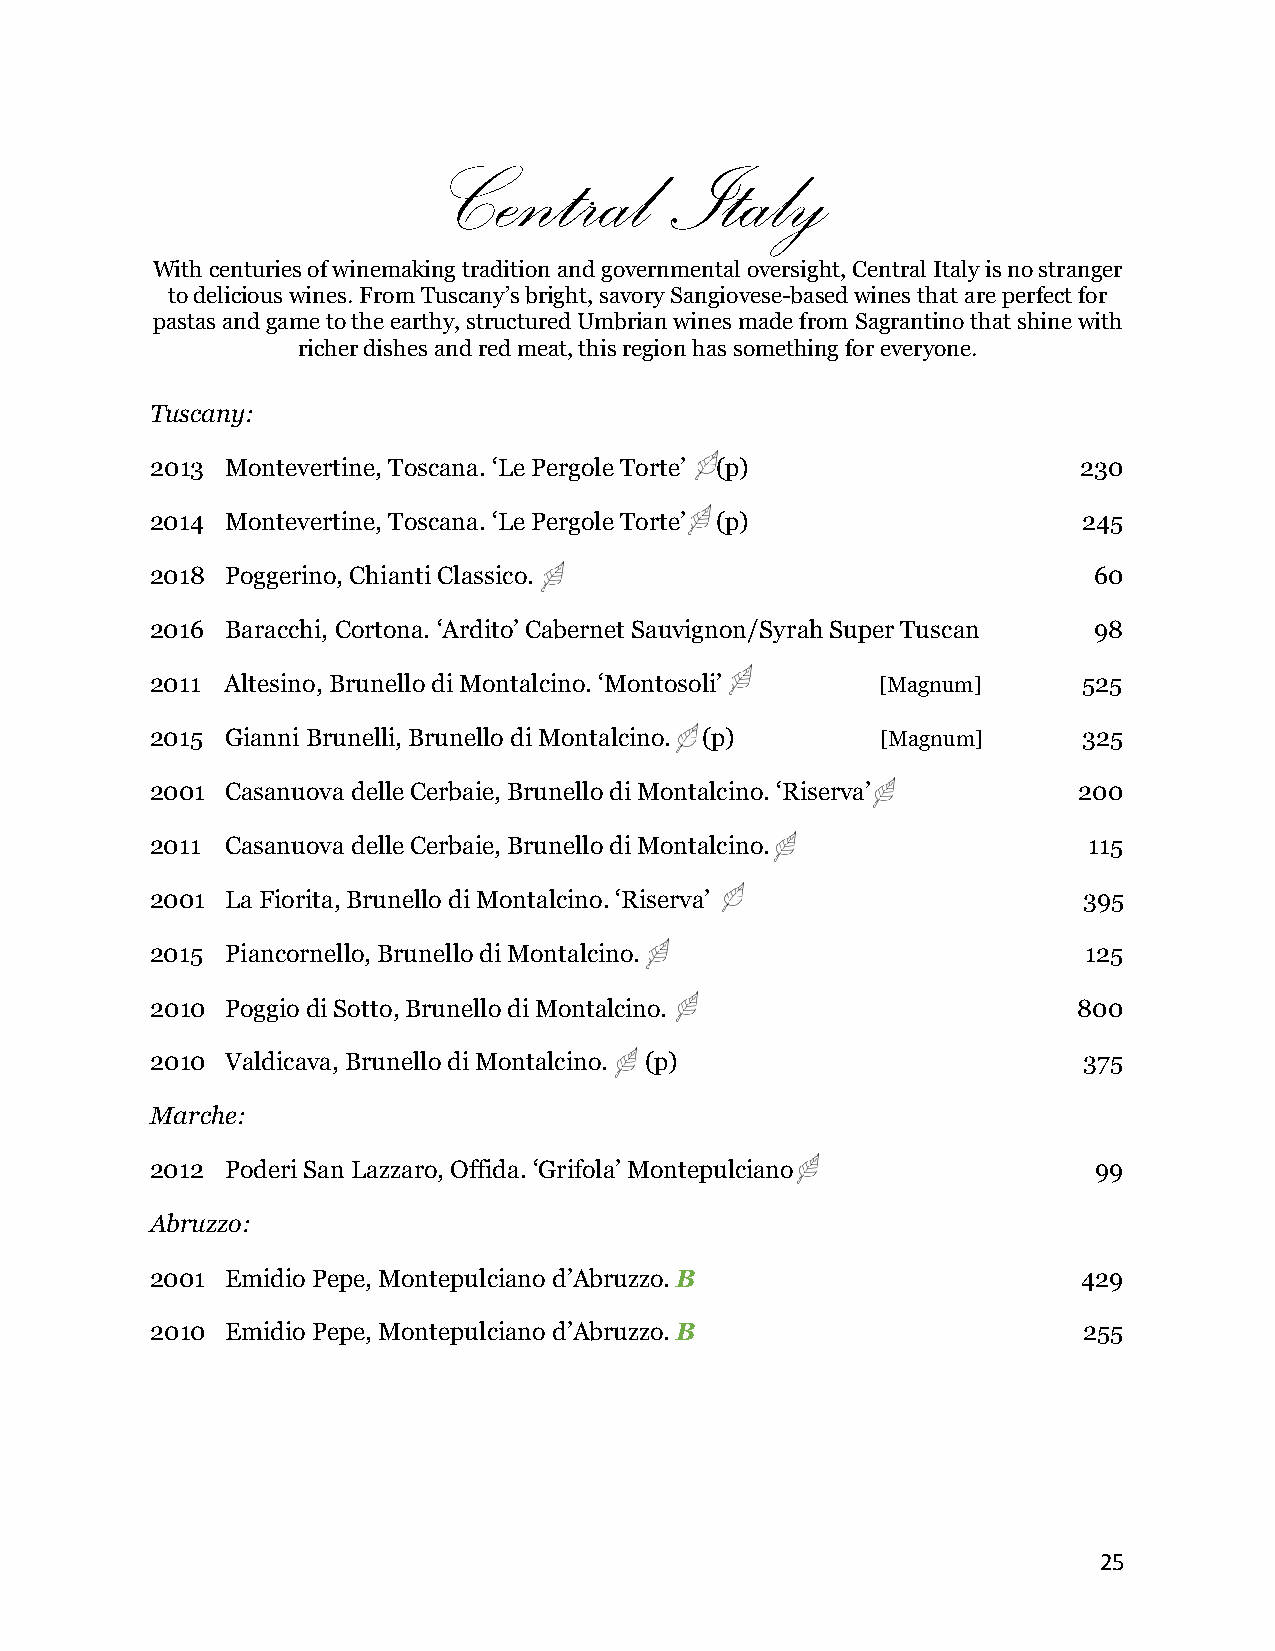
Central       Italy
 With centuries of winemaking tradition and governmental oversight, Central Italy is no stranger
 to delicious wines. From Tuscany’s bright, savory Sangiovese-based wines that are perfect for
 pastas and game to the earthy, structured Umbrian wines made from Sagrantino that shine with
 richer dishes and red meat, this region has something for everyone.
 Tuscany:
 2013 Montevertine, Toscana. ‘Le Pergole Torte’ (p)            230
 2014 Montevertine, Toscana. ‘Le Pergole Torte’ (p)            245
 2018 Poggerino, Chianti Classico.                             60
 2016 Baracchi, Cortona. ‘Ardito’ Cabernet Sauvignon/Syrah Super Tuscan 98
 2011 Altesino, Brunello di Montalcino. ‘Montosoli’ [Magnum]   525
 2015 Gianni Brunelli, Brunello di Montalcino. (p) [Magnum]    325
 2001 Casanuova delle Cerbaie, Brunello di Montalcino. ‘Riserva’ 200
 2011 Casanuova delle Cerbaie, Brunello di Montalcino.         115
 2001 La Fiorita, Brunello di Montalcino. ‘Riserva’            395
 2015 Piancornello, Brunello di Montalcino.                    125
 2010 Poggio di Sotto, Brunello di Montalcino.                800
 2010 Valdicava, Brunello di Montalcino. (p)                   375
 Marche:
 2012 Poderi San Lazzaro, Offida. ‘Grifola’ Montepulciano       99
 Abruzzo:
 2001 Emidio Pepe, Montepulciano d’Abruzzo. B                  429
 2010 Emidio Pepe, Montepulciano d’Abruzzo. B                  255
 25